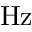
\mathrm { H z }